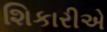
શિકારીએ